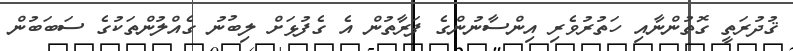
ޤުދުރަތީ ގޮތުންނާއި ހަތުރުވެރި އިންސާނުންގެ ފަރާތުން އެ ގެފުޅަށް ލިބުނު ގެއްލުންތަކުގެ ސަބަބުން